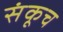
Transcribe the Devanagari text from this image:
संकूच